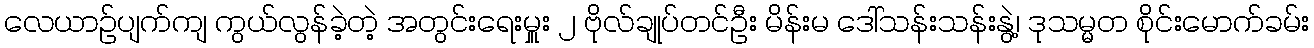
လေယာဉ်ပျက်ကျ ကွယ်လွန်ခဲ့တဲ့ အတွင်းရေးမှူး ၂ ဗိုလ်ချုပ်တင်ဦး မိန်းမ ဒေါ်သန်းသန်းနွဲ့၊ ဒုသမ္မတ စိုင်းမောက်ခမ်း